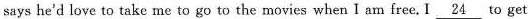
says he'd love to take me to go tothemovies when IamfreeI \underline{24}to get